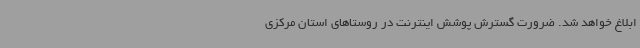
ابلاغ خواهد شد. ضرورت گسترش پوشش اینترنت در روستاهای استان مرکزی